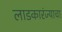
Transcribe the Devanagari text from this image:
लाडकारंज्याचा